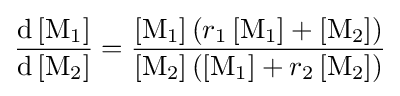
{\frac {\mathrm {d} \left[\mathrm {M} _{1}\right]}{\mathrm {d} \left[\mathrm {M} _{2}\right]}}={\frac {\left[\mathrm {M} _{1}\right]\left(r_{1}\left[\mathrm {M} _{1}\right]+\left[\mathrm {M} _{2}\right]\right)}{\left[\mathrm {M} _{2}\right]\left(\left[\mathrm {M} _{1}\right]+r_{2}\left[\mathrm {M} _{2}\right]\right)}}